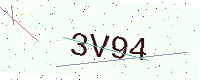
Text: 3V94